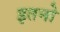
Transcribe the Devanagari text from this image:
इतनो